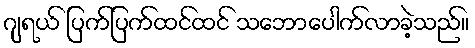
ဂျရယ် ပြက်ပြက်ထင်ထင် သဘောပေါက်လာခဲ့သည်။